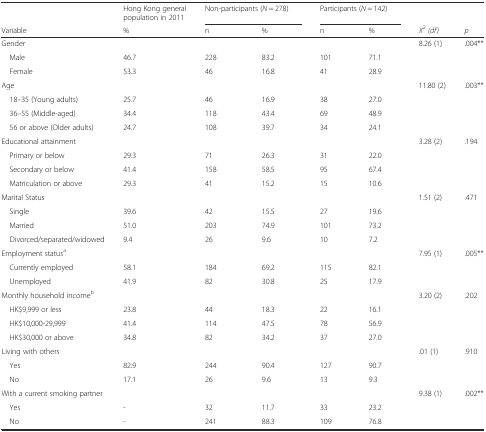
<table><thead><tr><td></td><td><b>Hong Kong general population in 2011</b></td><td colspan="2"><b>Non-participants (<i>N</i> = 278)</b></td><td colspan="2"><b>Participants (<i>N</i> = 142)</b></td><td></td><td></td></tr><tr><td><b>Variable</b></td><td><b>%</b></td><td><b>n</b></td><td><b>%</b></td><td><b>n</b></td><td><b>%</b></td><td><b><i>X</i><sup>2</sup><i>(df)</i></b></td><td><b><i>p</i></b></td></tr></thead><tbody><tr><td>Gender</td><td></td><td></td><td></td><td></td><td></td><td>8.26 (1)</td><td>.004**</td></tr><tr><td> Male</td><td>46.7</td><td>228</td><td>83.2</td><td>101</td><td>71.1</td><td></td><td></td></tr><tr><td> Female</td><td>53.3</td><td>46</td><td>16.8</td><td>41</td><td>28.9</td><td></td><td></td></tr><tr><td>Age</td><td></td><td></td><td></td><td></td><td></td><td>11.80 (2)</td><td>.003**</td></tr><tr><td> 18–35 (Young adults)</td><td>25.7</td><td>46</td><td>16.9</td><td>38</td><td>27.0</td><td></td><td></td></tr><tr><td> 36–55 (Middle-aged)</td><td>34.4</td><td>118</td><td>43.4</td><td>69</td><td>48.9</td><td></td><td></td></tr><tr><td> 56 or above (Older adults)</td><td>24.7</td><td>108</td><td>39.7</td><td>34</td><td>24.1</td><td></td><td></td></tr><tr><td>Educational attainment</td><td></td><td></td><td></td><td></td><td></td><td>3.28 (2)</td><td>.194</td></tr><tr><td> Primary or below</td><td>29.3</td><td>71</td><td>26.3</td><td>31</td><td>22.0</td><td></td><td></td></tr><tr><td> Secondary or below</td><td>41.4</td><td>158</td><td>58.5</td><td>95</td><td>67.4</td><td></td><td></td></tr><tr><td> Matriculation or above</td><td>29.3</td><td>41</td><td>15.2</td><td>15</td><td>10.6</td><td></td><td></td></tr><tr><td>Marital Status</td><td></td><td></td><td></td><td></td><td></td><td>1.51 (2)</td><td>.471</td></tr><tr><td> Single</td><td>39.6</td><td>42</td><td>15.5</td><td>27</td><td>19.6</td><td></td><td></td></tr><tr><td> Married</td><td>51.0</td><td>203</td><td>74.9</td><td>101</td><td>73.2</td><td></td><td></td></tr><tr><td> Divorced/separated/widowed</td><td>9.4</td><td>26</td><td>9.6</td><td>10</td><td>7.2</td><td></td><td></td></tr><tr><td>Employment status<sup>a</sup></td><td></td><td></td><td></td><td></td><td></td><td>7.95 (1)</td><td>.005**</td></tr><tr><td> Currently employed</td><td>58.1</td><td>184</td><td>69.2</td><td>115</td><td>82.1</td><td></td><td></td></tr><tr><td> Unemployed</td><td>41.9</td><td>82</td><td>30.8</td><td>25</td><td>17.9</td><td></td><td></td></tr><tr><td>Monthly household income<sup>b</sup></td><td></td><td></td><td></td><td></td><td></td><td>3.20 (2)</td><td>.202</td></tr><tr><td> HK$9,999 or less</td><td>23.8</td><td>44</td><td>18.3</td><td>22</td><td>16.1</td><td></td><td></td></tr><tr><td> HK$10,000-29,999</td><td>41.4</td><td>114</td><td>47.5</td><td>78</td><td>56.9</td><td></td><td></td></tr><tr><td> HK$30,000 or above</td><td>34.8</td><td>82</td><td>34.2</td><td>37</td><td>27.0</td><td></td><td></td></tr><tr><td>Living with others</td><td></td><td></td><td></td><td></td><td></td><td>.01 (1)</td><td>.910</td></tr><tr><td> Yes</td><td>82.9</td><td>244</td><td>90.4</td><td>127</td><td>90.7</td><td></td><td></td></tr><tr><td> No</td><td>17.1</td><td>26</td><td>9.6</td><td>13</td><td>9.3</td><td></td><td></td></tr><tr><td>With a current smoking partner</td><td></td><td></td><td></td><td></td><td></td><td>9.38 (1)</td><td>.002**</td></tr><tr><td> Yes</td><td>-</td><td>32</td><td>11.7</td><td>33</td><td>23.2</td><td></td><td></td></tr><tr><td> No</td><td>-</td><td>241</td><td>88.3</td><td>109</td><td>76.8</td><td></td><td></td></tr></tbody></table>